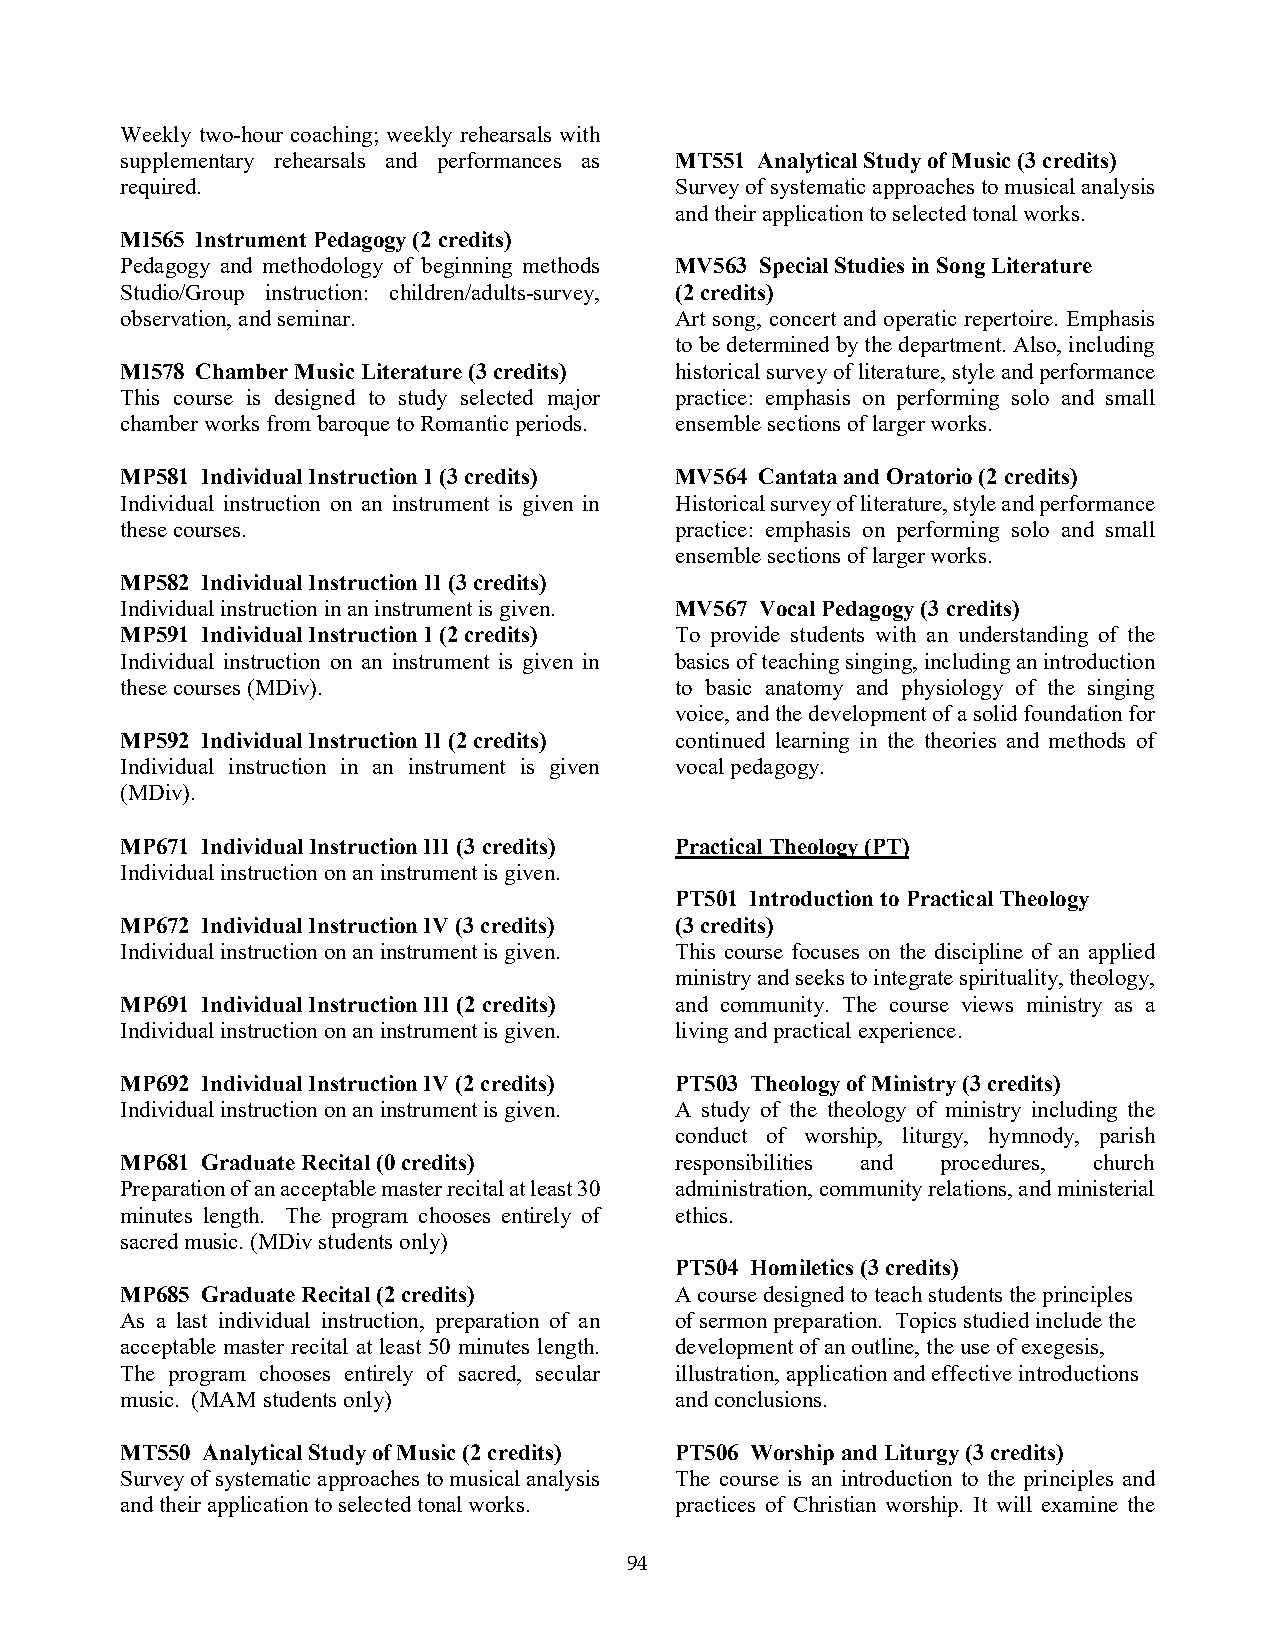
Weekly two-hour coaching; weekly rehearsals with
 supplementary rehearsals and performances as MT551 Analytical Study of Music (3 credits)
 required.                            Survey of systematic approaches to musical analysis
 and their application to selected tonal works.
 MI565 Instrument Pedagogy (2 credits)
 Pedagogy and methodology of beginning methods MV563 Special Studies in Song Literature
 Studio/Group instruction: children/adults-survey, (2 credits)
 observation, and seminar.            Art song, concert and operatic repertoire. Emphasis
 to be determined by the department. Also, including
 MI578 Chamber Music Literature (3 credits) historical survey of literature, style and performance
 This course is designed to study selected major practice: emphasis on performing solo and small
 chamber works from baroque to Romantic periods. ensemble sections of larger works.
 MP581 Individual Instruction I (3 credits) MV564 Cantata and Oratorio (2 credits)
 Individual instruction on an instrument is given in Historical survey of literature, style and performance
 these courses.                       practice: emphasis on performing solo and small
 ensemble sections of larger works.
 MP582 Individual Instruction II (3 credits)
 Individual instruction in an instrument is given. MV567 Vocal Pedagogy (3 credits)
 MP591 Individual Instruction I (2 credits) To provide students with an understanding of the
 Individual instruction on an instrument is given in basics of teaching singing, including an introduction
 these courses (MDiv).                to basic anatomy and physiology of the singing
 voice, and the development of a solid foundation for
 MP592 Individual Instruction II (2 credits) continued learning in the theories and methods of
 Individual instruction in an instrument is given vocal pedagogy.
 (MDiv).
 MP671 Individual Instruction III (3 credits) Practical Theology (PT)
 Individual instruction on an instrument is given.
 PT501 Introduction to Practical Theology
 MP672 Individual Instruction IV (3 credits) (3 credits)
 Individual instruction on an instrument is given. This course focuses on the discipline of an applied
 ministry and seeks to integrate spirituality, theology,
 MP691 Individual Instruction III (2 credits) and community. The course views ministry as a
 Individual instruction on an instrument is given. living and practical experience.
 MP692 Individual Instruction IV (2 credits) PT503 Theology of Ministry (3 credits)
 Individual instruction on an instrument is given. A study of the theology of ministry including the
 conduct of worship, liturgy, hymnody, parish
 MP681 Graduate Recital (0 credits)   responsibilities and procedures, church
 Preparation of an acceptable master recital at least 30 administration, community relations, and ministerial
 minutes length. The program chooses entirely of ethics.
 sacred music. (MDiv students only)
 PT504 Homiletics (3 credits)
 MP685 Graduate Recital (2 credits)   A course designed to teach students the principles
 As a last individual instruction, preparation of an of sermon preparation. Topics studied include the
 acceptable master recital at least 50 minutes length. development of an outline, the use of exegesis,
 The program chooses entirely of sacred, secular illustration, application and effective introductions
 music. (MAM students only)           and conclusions.
 MT550 Analytical Study of Music (2 credits) PT506 Worship and Liturgy (3 credits)
 Survey of systematic approaches to musical analysis The course is an introduction to the principles and
 and their application to selected tonal works. practices of Christian worship. It will examine the
 94